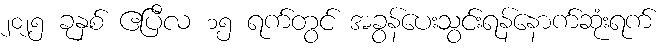
၂၀၂၅ ခုနှစ် ဧပြီလ ၁၅ ရက်တွင် အခွန်ပေးသွင်းရန်နောက်ဆုံးရက်